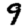
Digit: 9